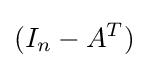
(I_{n}-A^{T})